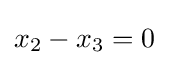
x_{2}-x_{3}=0